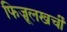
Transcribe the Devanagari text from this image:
फिज़ूलखर्ची